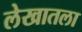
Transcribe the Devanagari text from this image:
लेखातला